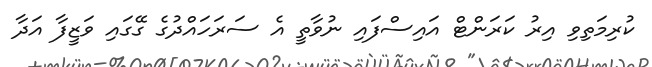
ކުރިމަތިވި އިރު ކަރަންޓް އައިސްފައި ނުވާތީ އެ ސަރަހައްދުގެ ގޭގައި ވަޒީފާ އަދާ